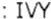
: IVY